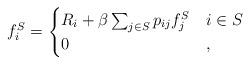
LaTeX: \begin{align*}f^S_i =\begin{cases}R_i + \beta \sum_{j \in S} p_{ij} f^S_j & i \in S \\0 & ,\end{cases}\end{align*}